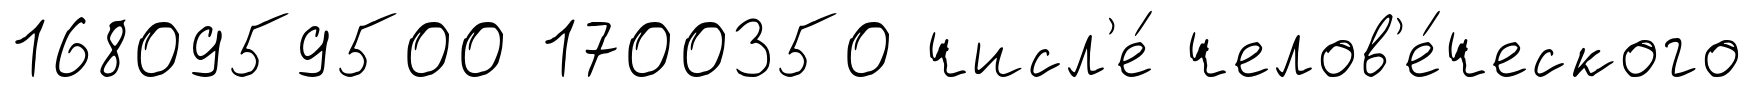
1680959500 1700350 числ'е́ челов'е́ческого